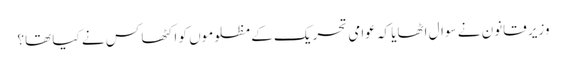
وزیرِ قانون نے سوال اٹھایا کہ عوامی تحریک کے مظلوموں کو اکٹھا کس نے کیا تھا؟